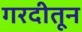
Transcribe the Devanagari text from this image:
गरदीतून